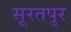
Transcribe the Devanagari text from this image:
सूरतपुर